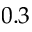
0 . 3